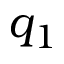
q _ { 1 }